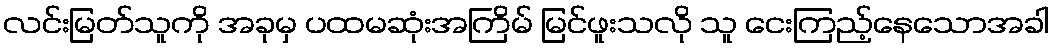
လင်းမြတ်သူကို အခုမှ ပထမဆုံးအကြိမ် မြင်ဖူးသလို သူ ငေးကြည့်နေသောအခါ